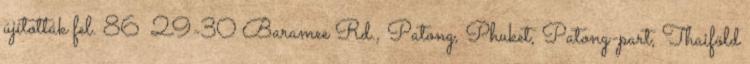
újították fel. 86 29-30 Baramee Rd., Patong, Phuket, Patong-part, Thaiföld